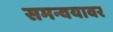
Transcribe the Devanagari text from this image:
समन्वयावर